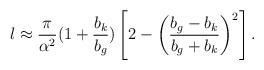
LaTeX: \begin{align*}l\approx\frac{\pi}{\alpha^{2}}(1+\frac{b_{k}}{b_{g}})\left[2-\left(\frac{b_{g}-b_{k}}{b_{g}+b_{k}}\right)^{2}\right]. \end{align*}